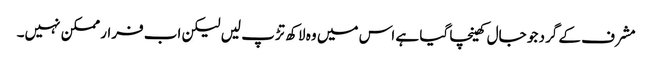
مشرف کے گرد جو جال کھینچا گیا ہے اس میں وہ لاکھ تڑپ لیں لیکن اب فرار ممکن نہیں۔